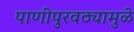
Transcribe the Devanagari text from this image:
पाणीपुरवठ्यामुळे